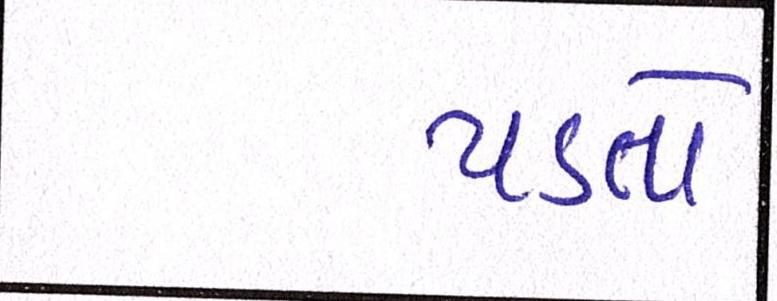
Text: પડતો